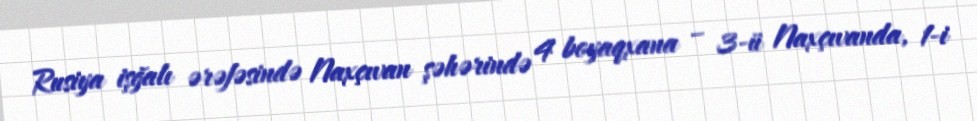
Rusiya işğalı ərəfəsində Naxçıvan şəhərində 4 boyaqxana – 3-ü Naxçıvanda, 1-i